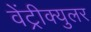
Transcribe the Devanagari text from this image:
वेंट्रीक्युलर